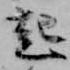
起